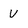
Character: U